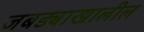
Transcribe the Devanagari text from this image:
जबड्याखालील